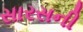
સારસની